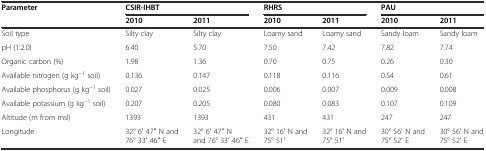
<table><thead><tr><td rowspan="2"><b>Parameter</b></td><td colspan="2"><b>CSIR-IHBT</b></td><td colspan="2"><b>RHRS</b></td><td colspan="2"><b>PAU</b></td></tr><tr><td><b>2010</b></td><td><b>2011</b></td><td><b>2010</b></td><td><b>2011</b></td><td><b>2010</b></td><td><b>2011</b></td></tr></thead><tbody><tr><td>Soil type</td><td>Silty clay</td><td>Silty clay</td><td>Loamy sand</td><td>Loamy sand</td><td>Sandy loam</td><td>Sandy loam</td></tr><tr><td>pH (1:2.0)</td><td>6.40</td><td>5.70</td><td>7.50</td><td>7.42</td><td>7.82</td><td>7.74</td></tr><tr><td>Organic carbon (%)</td><td>1.98</td><td>1.36</td><td>0.70</td><td>0.75</td><td>0.26</td><td>0.30</td></tr><tr><td>Available nitrogen (g kg<sup>−1</sup> soil)</td><td>0.136</td><td>0.147</td><td>0.118</td><td>0.116</td><td>0.54</td><td>0.61</td></tr><tr><td>Available phosphorus (g kg<sup>−1</sup> soil)</td><td>0.027</td><td>0.025</td><td>0.006</td><td>0.007</td><td>0.009</td><td>0.008</td></tr><tr><td>Available potassium (g kg<sup>−1</sup> soil)</td><td>0.207</td><td>0.205</td><td>0.080</td><td>0.083</td><td>0.107</td><td>0.109</td></tr><tr><td>Altitude (m from msl)</td><td>1393</td><td>1393</td><td>431</td><td>431</td><td>247</td><td>247</td></tr><tr><td>Longitude</td><td>32° 6′ 47′′ N and 76° 33′ 46′′ E</td><td>32° 6′ 47′′ N and 76° 33′ 46′′ E</td><td>32° 16′ N and 75° 51′</td><td>32° 16′ N and 75° 51′</td><td>30° 56′ N and 75° 52′ E</td><td>30° 56′ N and 75° 52′ E</td></tr></tbody></table>